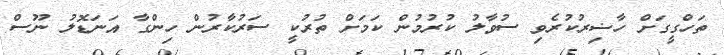
ތަހްގީގަށް ހާޟިރުކުރެވި ސުވާލު ކުރުމުން ކަމަށް ތުރުކީ ސަރުކާރުން ހިންގާ އަނަޑޮލު ނޫސް